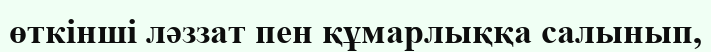
өткінші ләззат пен құмарлыққа салынып,